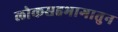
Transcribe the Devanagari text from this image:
लोकसहभागातुन